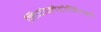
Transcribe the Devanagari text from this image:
नियोप्लेटोनिज्म